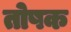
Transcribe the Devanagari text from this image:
तोषक